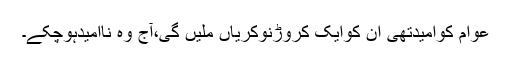
عوام کوامیدتھی ان کوایک کروڑنوکریاں ملیں گی،آج وہ ناامیدہوچکے۔